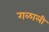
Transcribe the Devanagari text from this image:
गळाली